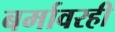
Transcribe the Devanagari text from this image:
बर्मावरही